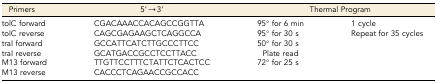
| Primers | 5′→3′ | <COLSPAN=2> Thermal Program |
 | --- | --- | --- | --- |
 | tolC forward | CGACAAACCACAGCCGGTTA | 95° for 6 min | 1 cycle |
 | tolC reverse | CAGCGAGAAGCTCAGGCCA | 95° for 30 s | <ROWSPAN=4> Repeat for 35 cycles |
 | traI forward | GCCATTCATCTTGCCCTTCC | 50° for 30 s |
 | traI reverse | GCATGACCGCCTCCTTACC | Plate read |
 | M13 forward | TTGTTCCTTTCTATTCTCACTCC | 72° for 25 s |
 | M13 reverse | CACCCTCAGAACCGCCACC |  |  |